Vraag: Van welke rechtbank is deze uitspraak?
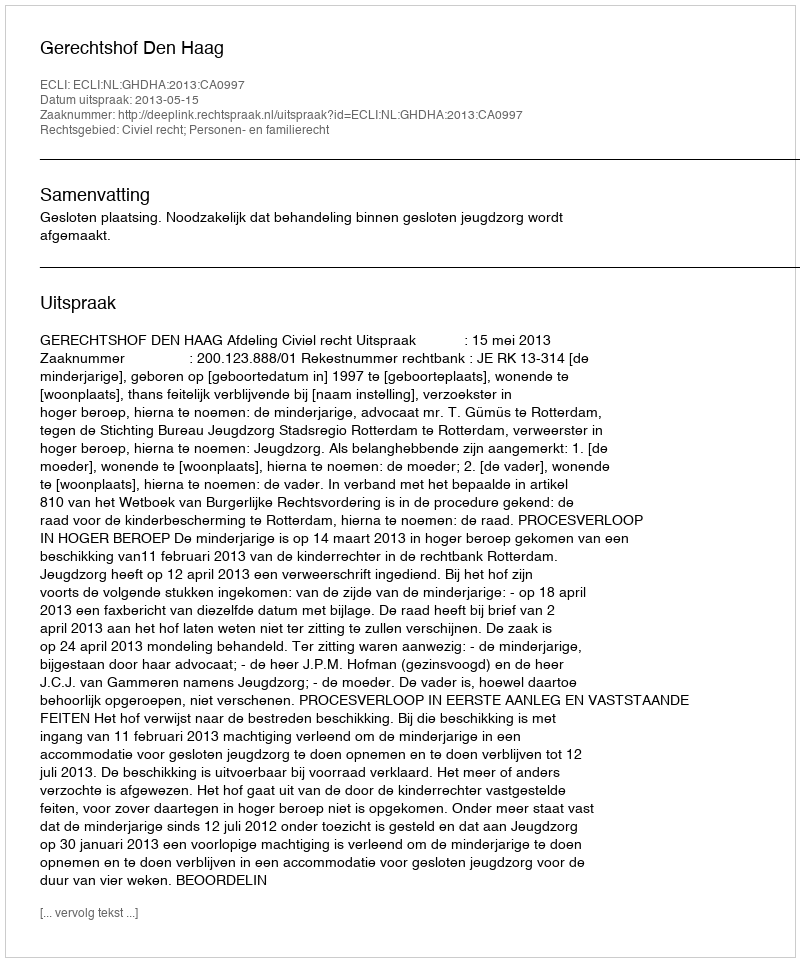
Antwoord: Gerechtshof Den Haag